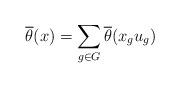
LaTeX: \begin{align*} \overline{\theta}(x) = \sum_{g \in G} \overline{\theta}(x_g u_g) \end{align*}